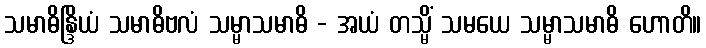
သမာဓိန္ဒြိယံ သမာဓိဗလံ သမ္မာသမာဓိ - အယံ တသ္မိံ သမယေ သမ္မာသမာဓိ ဟောတိ။